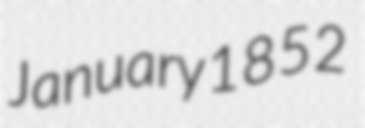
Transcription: January 1852